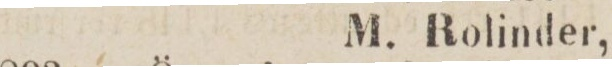
M. Rolinder,